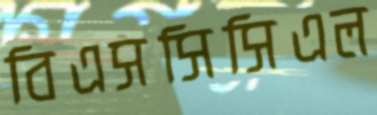
বিএসসিসিএল